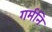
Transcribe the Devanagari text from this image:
गर्मनि